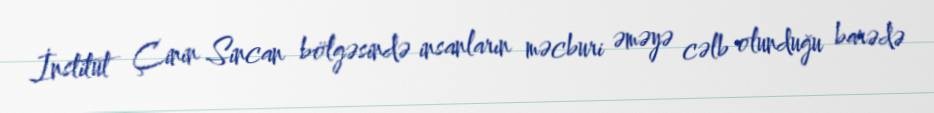
İnstitut Çinin Sincan bölgəsində insanların məcburi əməyə cəlb olunduğu barədə